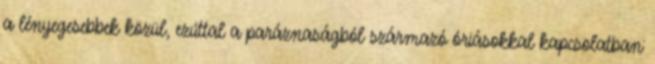
a lényegesebbek közül, ezúttal a paráznaságból származó óriásokkal kapcsolatban: